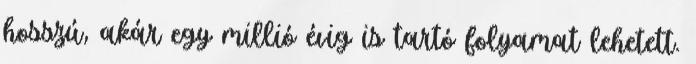
hosszú, akár egy millió évig is tartó folyamat lehetett.